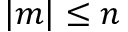
| m | \leq n